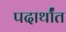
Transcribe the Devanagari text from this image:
पदार्थांंत